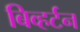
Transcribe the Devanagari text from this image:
बिव्हर्टन